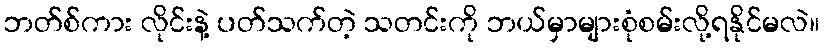
ဘတ်စ်ကား လိုင်းနဲ့ ပတ်သက်တဲ့ သတင်းကို ဘယ်မှာများစုံစမ်းလို့ရနိုင်မလဲ။